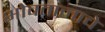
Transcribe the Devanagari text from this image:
भोवतालाचे